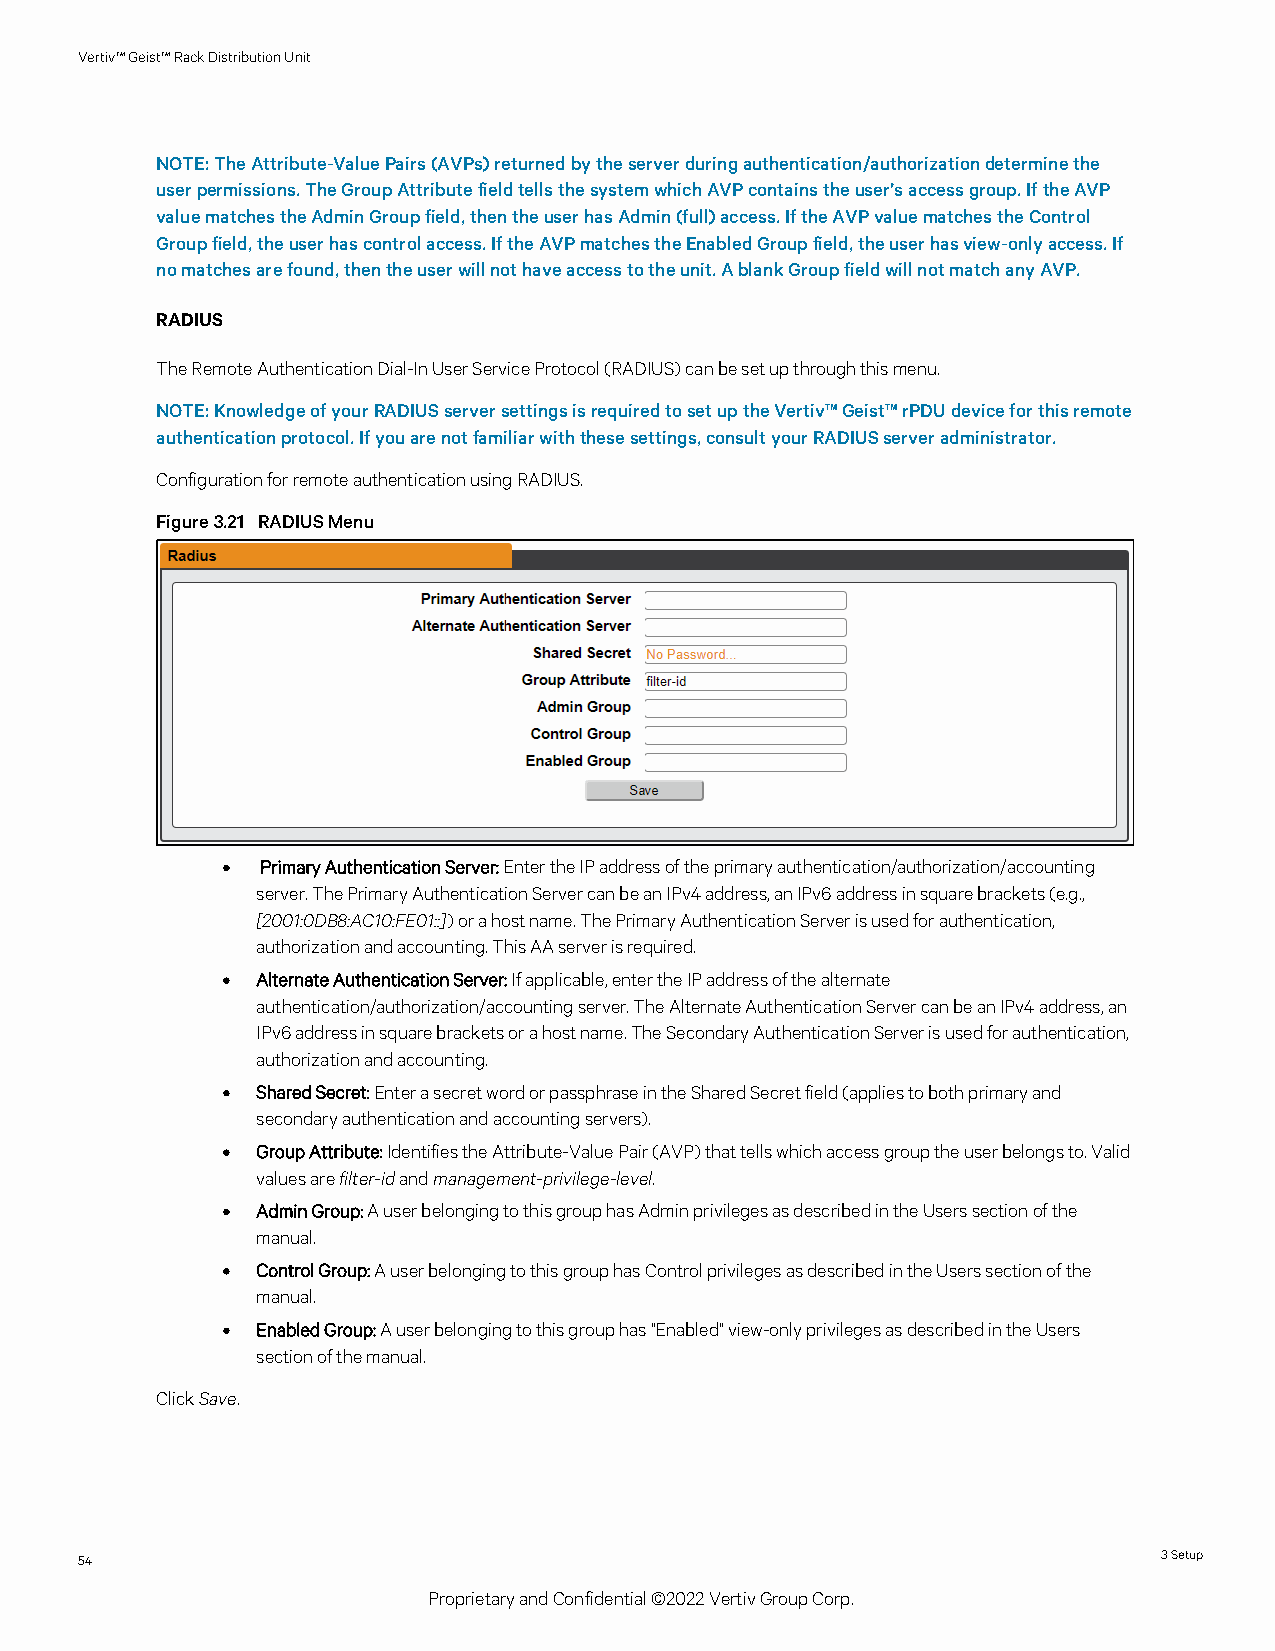
Vertiv™Geist™RackDistributionUnit
 NOTE:TheAttribute-ValuePairs(AVPs)returnedbytheserverduringauthentication/authorizationdeterminethe
 userpermissions.TheGroupAttributefieldtellsthesystemwhichAVPcontainstheuser’saccessgroup.IftheAVP
 valuematchestheAdminGroupfield,thentheuserhasAdmin(full)access.IftheAVPvaluematchestheControl
 Groupfield,theuserhascontrolaccess.IftheAVPmatchestheEnabledGroupfield,theuserhasview-onlyaccess.If
 nomatchesarefound,thentheuserwillnothaveaccesstotheunit.AblankGroupfieldwillnotmatchanyAVP.
 RADIUS
 TheRemoteAuthenticationDial-InUserServiceProtocol(RADIUS)canbesetupthroughthismenu.
 NOTE:KnowledgeofyourRADIUSserversettingsisrequiredtosetuptheVertiv™Geist™rPDUdeviceforthisremote
 authenticationprotocol.Ifyouarenotfamiliarwiththesesettings,consultyourRADIUSserveradministrator.
 ConfigurationforremoteauthenticationusingRADIUS.
 Figure3.21 RADIUSMenu
 • PrimaryAuthenticationServer:EntertheIPaddressoftheprimaryauthentication/authorization/accounting
 server.ThePrimaryAuthenticationServercanbeanIPv4address,anIPv6addressinsquarebrackets(e.g.,
 [2001:0DB8:AC10:FE01::])orahostname.ThePrimaryAuthenticationServerisusedforauthentication,
 authorizationandaccounting.ThisAAserverisrequired.
 • AlternateAuthenticationServer:Ifapplicable,entertheIPaddressofthealternate
 authentication/authorization/accountingserver.TheAlternateAuthenticationServercanbeanIPv4address,an
 IPv6addressinsquarebracketsorahostname.TheSecondaryAuthenticationServerisusedforauthentication,
 authorizationandaccounting.
 • SharedSecret:EnterasecretwordorpassphraseintheSharedSecretfield(appliestobothprimaryand
 secondaryauthenticationandaccountingservers).
 • GroupAttribute:IdentifiestheAttribute-ValuePair(AVP)thattellswhichaccessgrouptheuserbelongsto.Valid
 valuesarefilter-idandmanagement-privilege-level.
 • AdminGroup:AuserbelongingtothisgrouphasAdminprivilegesasdescribedintheUserssectionofthe
 manual.
 • ControlGroup:AuserbelongingtothisgrouphasControlprivilegesasdescribedintheUserssectionofthe
 manual.
 • EnabledGroup:Auserbelongingtothisgrouphas"Enabled"view-onlyprivilegesasdescribedintheUsers
 sectionofthemanual.
 ClickSave.
 54                                                                      3Setup
 ProprietaryandConfidential©2022VertivGroupCorp.